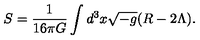
S = \frac { 1 } { 1 6 \pi G } \int d ^ { 3 } x \sqrt { - g } ( R - 2 \Lambda ) .